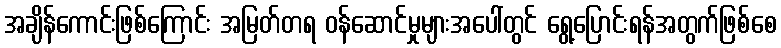
အချိန်ကောင်းဖြစ်ကြောင်း အမြတ်တရ ဝန်ဆောင်မှုများအပေါ်တွင် ရွေ့ပြောင်းရန်အတွက်ဖြစ်စေ